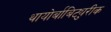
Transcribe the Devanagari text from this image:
थायोर्बाबिट्युरीक